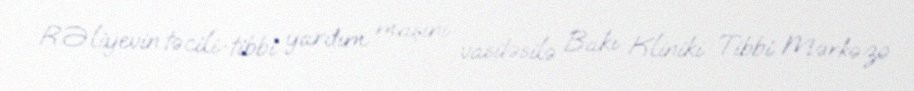
R.Əliyevin təcili-tibbi yardım maşını vasitəsilə Bakı Kliniki Tibbi Mərkəzə